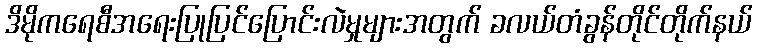
ဒိမိုကရေစီအရေးပြုပြင်ပြောင်းလဲမှုများအတွက် ခလယ်တံခွန်တိုင်တိုက်နယ်